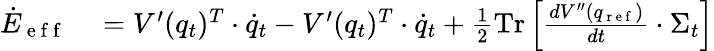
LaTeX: \begin{array}{rl}{\dot{E}_{\mathrm{~e~f~f~}}}&{{}=V^{\prime}(q_{t})^{T}\cdot\dot{q}_{t}-V^{\prime}(q_{t})^{T}\cdot\dot{q}_{t}+\frac{1}{2}\operatorname{Tr}\left[\frac{dV^{\prime\prime}(q_{\mathrm{~r~e~f~}})}{dt}\cdot\Sigma_{t}\right]}\end{array}